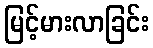
မြင့်မားလာခြင်း